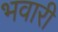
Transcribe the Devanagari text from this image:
भवारी